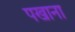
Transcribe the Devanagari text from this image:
पखाना